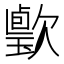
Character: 𣤦